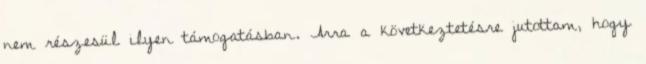
nem részesül ilyen támogatásban. Arra a következtetésre jutottam, hogy